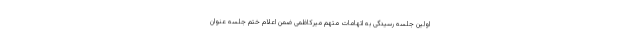
اولین جلسه رسیدگی به اتهامات متهم میرکاظمی ضمن اعلام ختم جلسه عنوان